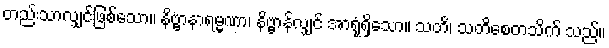
တည်းသာလျှင်ဖြစ်သော။ နိဗ္ဗာနာရမ္မဏာ၊ နိဗ္ဗာန်လျှင် အာရုံရှိသော။ သတိ၊ သတိစေတသိက် သည်။